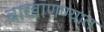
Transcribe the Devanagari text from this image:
वाखाणण्यात